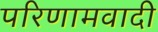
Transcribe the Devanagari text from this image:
परिणामवादी